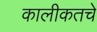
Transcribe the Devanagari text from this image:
कालीकतचे